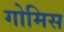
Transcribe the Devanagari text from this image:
गोमिस